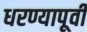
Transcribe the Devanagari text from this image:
धरण्यापूर्वी